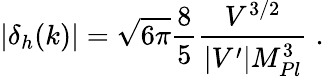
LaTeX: |\delta_{h}(k)|=\sqrt{6\pi}\frac{8}{5}\frac{V^{3/2}}{|V^{\prime}|M_{Pl}^{3}}\; .